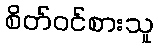
စိတ်ဝင်စားသူ